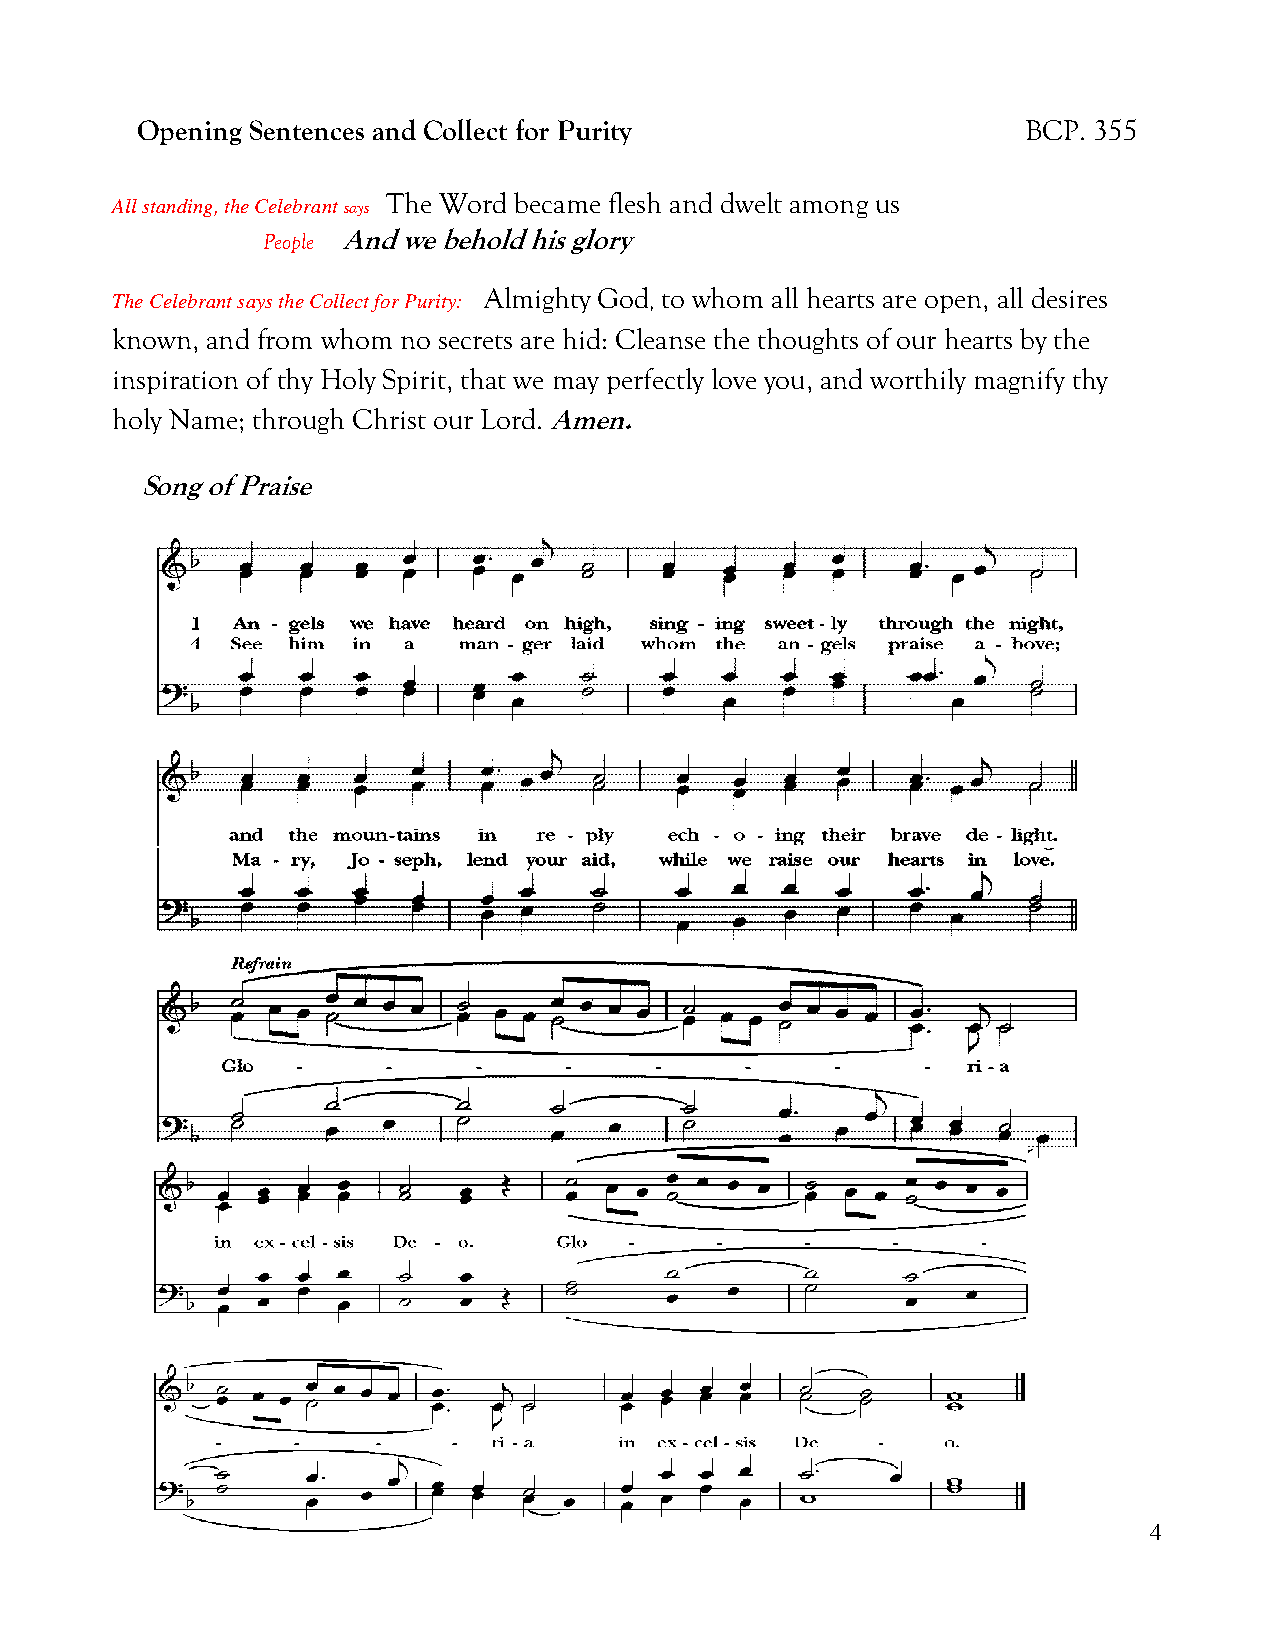
Opening Sentences and Collect for Purity                   BCP. 355
 All standing, the Celebrant says The Word became flesh and dwelt among us
 People And we behold his glory
 The Celebrant says the Collect for Purity: Almighty God , to whom all hearts are open, all desires
 known, and from whom no secrets are hid: Cleanse the thoughts of our hearts by the
 inspiration of thy Holy Spirit, that we may perfectly love you, and worthily magnify thy
 holy Name; through Christ our Lord. Amen.
 Song of Praise
 4